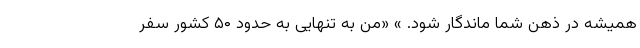
همیشه در ذهن شما ماندگار شود. » «من به تنهایی به حدود ۵۰ کشور سفر